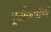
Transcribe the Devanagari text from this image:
पूर्वीप्रमाण